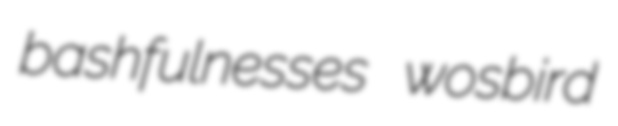
bashfulnesses wosbird